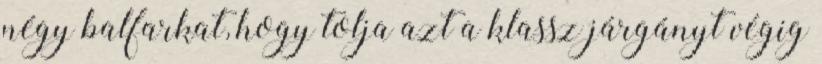
négy balfarkat, hogy tolja azt a klassz járgányt végig